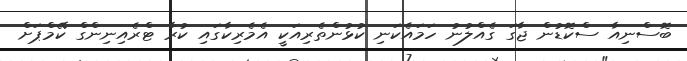
ބޮސްނިއާ ސްކޮޑުން ޖާގަ ގެއްލުނު ހަމައެކަނި ކުޅުންތެރިއަކީ އެމެރިކާގައި ކުރާ ޓްރެއިނިންގް ކޭމްޕަށް